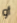
أو